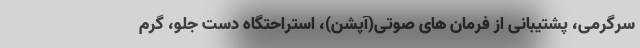
سرگرمی، پشتیبانی از فرمان های صوتی(آپشن)، استراحتگاه دست جلو، گرم